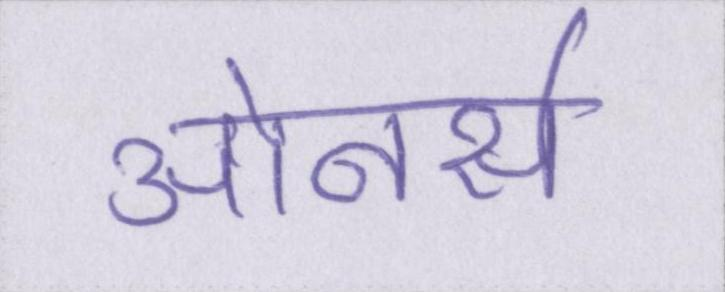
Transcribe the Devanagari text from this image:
ओनर्स